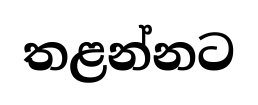
තළන්නට